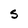
Character: S